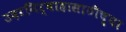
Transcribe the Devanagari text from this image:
उदरनिर्वाहासाठीच्या